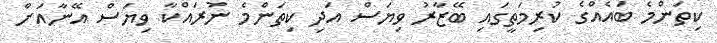
ކިތަންމެ ބައެއްގެ ކުރިމަތީގައި ބޭޒާރު ވިޔަސް އަދި ކިތަންމެ ނުރައްކާ ވިޔަސް އޭނާއަށް